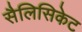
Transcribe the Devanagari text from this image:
सैलिसिकेट